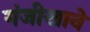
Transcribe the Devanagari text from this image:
गंजीखाने